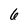
Character: 6